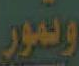
وتمور